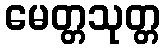
မေတ္တသုတ္တ